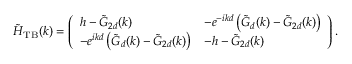
\tilde { H } _ { \mathrm { T B } } ( k ) = \left( \begin{array} { l l } { h - \tilde { G } _ { 2 d } ( k ) } & { - e ^ { - i k d } \left( \tilde { G } _ { d } ( k ) - \tilde { G } _ { 2 d } ( k ) \right) } \\ { - e ^ { i k d } \left( \tilde { G } _ { d } ( k ) - \tilde { G } _ { 2 d } ( k ) \right) } & { - h - \tilde { G } _ { 2 d } ( k ) } \end{array} \right) .